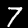
Label: 7